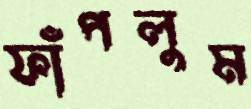
ফাঁপলুম